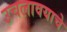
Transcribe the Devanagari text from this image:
उचलावयाचे